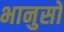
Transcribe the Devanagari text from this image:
भानुसों